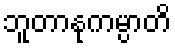
ဘူတာနုကမ္ပာတိ